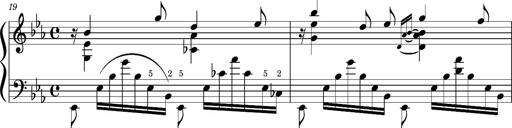
Title: PrÃ©ludes et Harmonies poÃ©tiques et religieuses
Composer: Franz Liszt